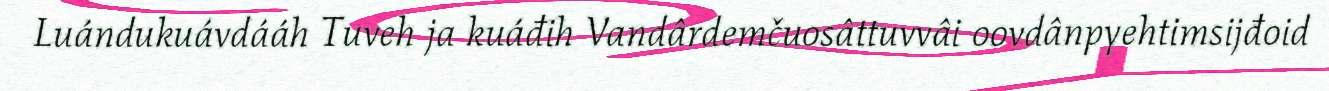
Luándukuávdááh Tuveh ja kuáđih Vandârdemčuosâttuvvâi oovdânpyehtimsijđoid